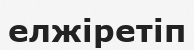
елжіретіп